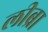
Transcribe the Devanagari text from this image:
लीब्रा